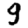
Digit: 9